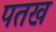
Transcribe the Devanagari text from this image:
पतख